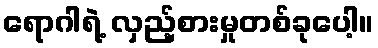
ရောဂါရဲ့ လှည့်စားမှုတစ်ခုပေါ့။